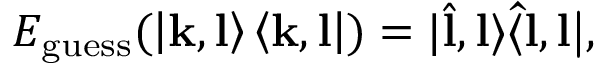
\cal { E } _ { \mathrm { g u e s s } } ( \left\vert \mathbf { k } , \mathbf { l } \right\rangle \left\langle \mathbf { k } , \mathbf { l } \right\vert ) = \vert \hat { \mathbf { l } } , \mathbf { l } \rangle \langle \hat { \mathbf { l } } , \mathbf { l } \vert ,